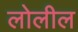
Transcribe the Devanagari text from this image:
लोलील